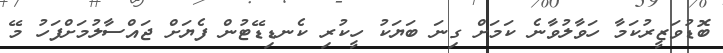
ބޮޑުވަޒީރުކަމާ ހަވާލުވާނެ ކަމަށް ގިނަ ބަޔަކު ހީކުރި ކެނޑިޑޭޓުން ފެޔަށް ޖައްސާލުމަށްފަހު މޭ